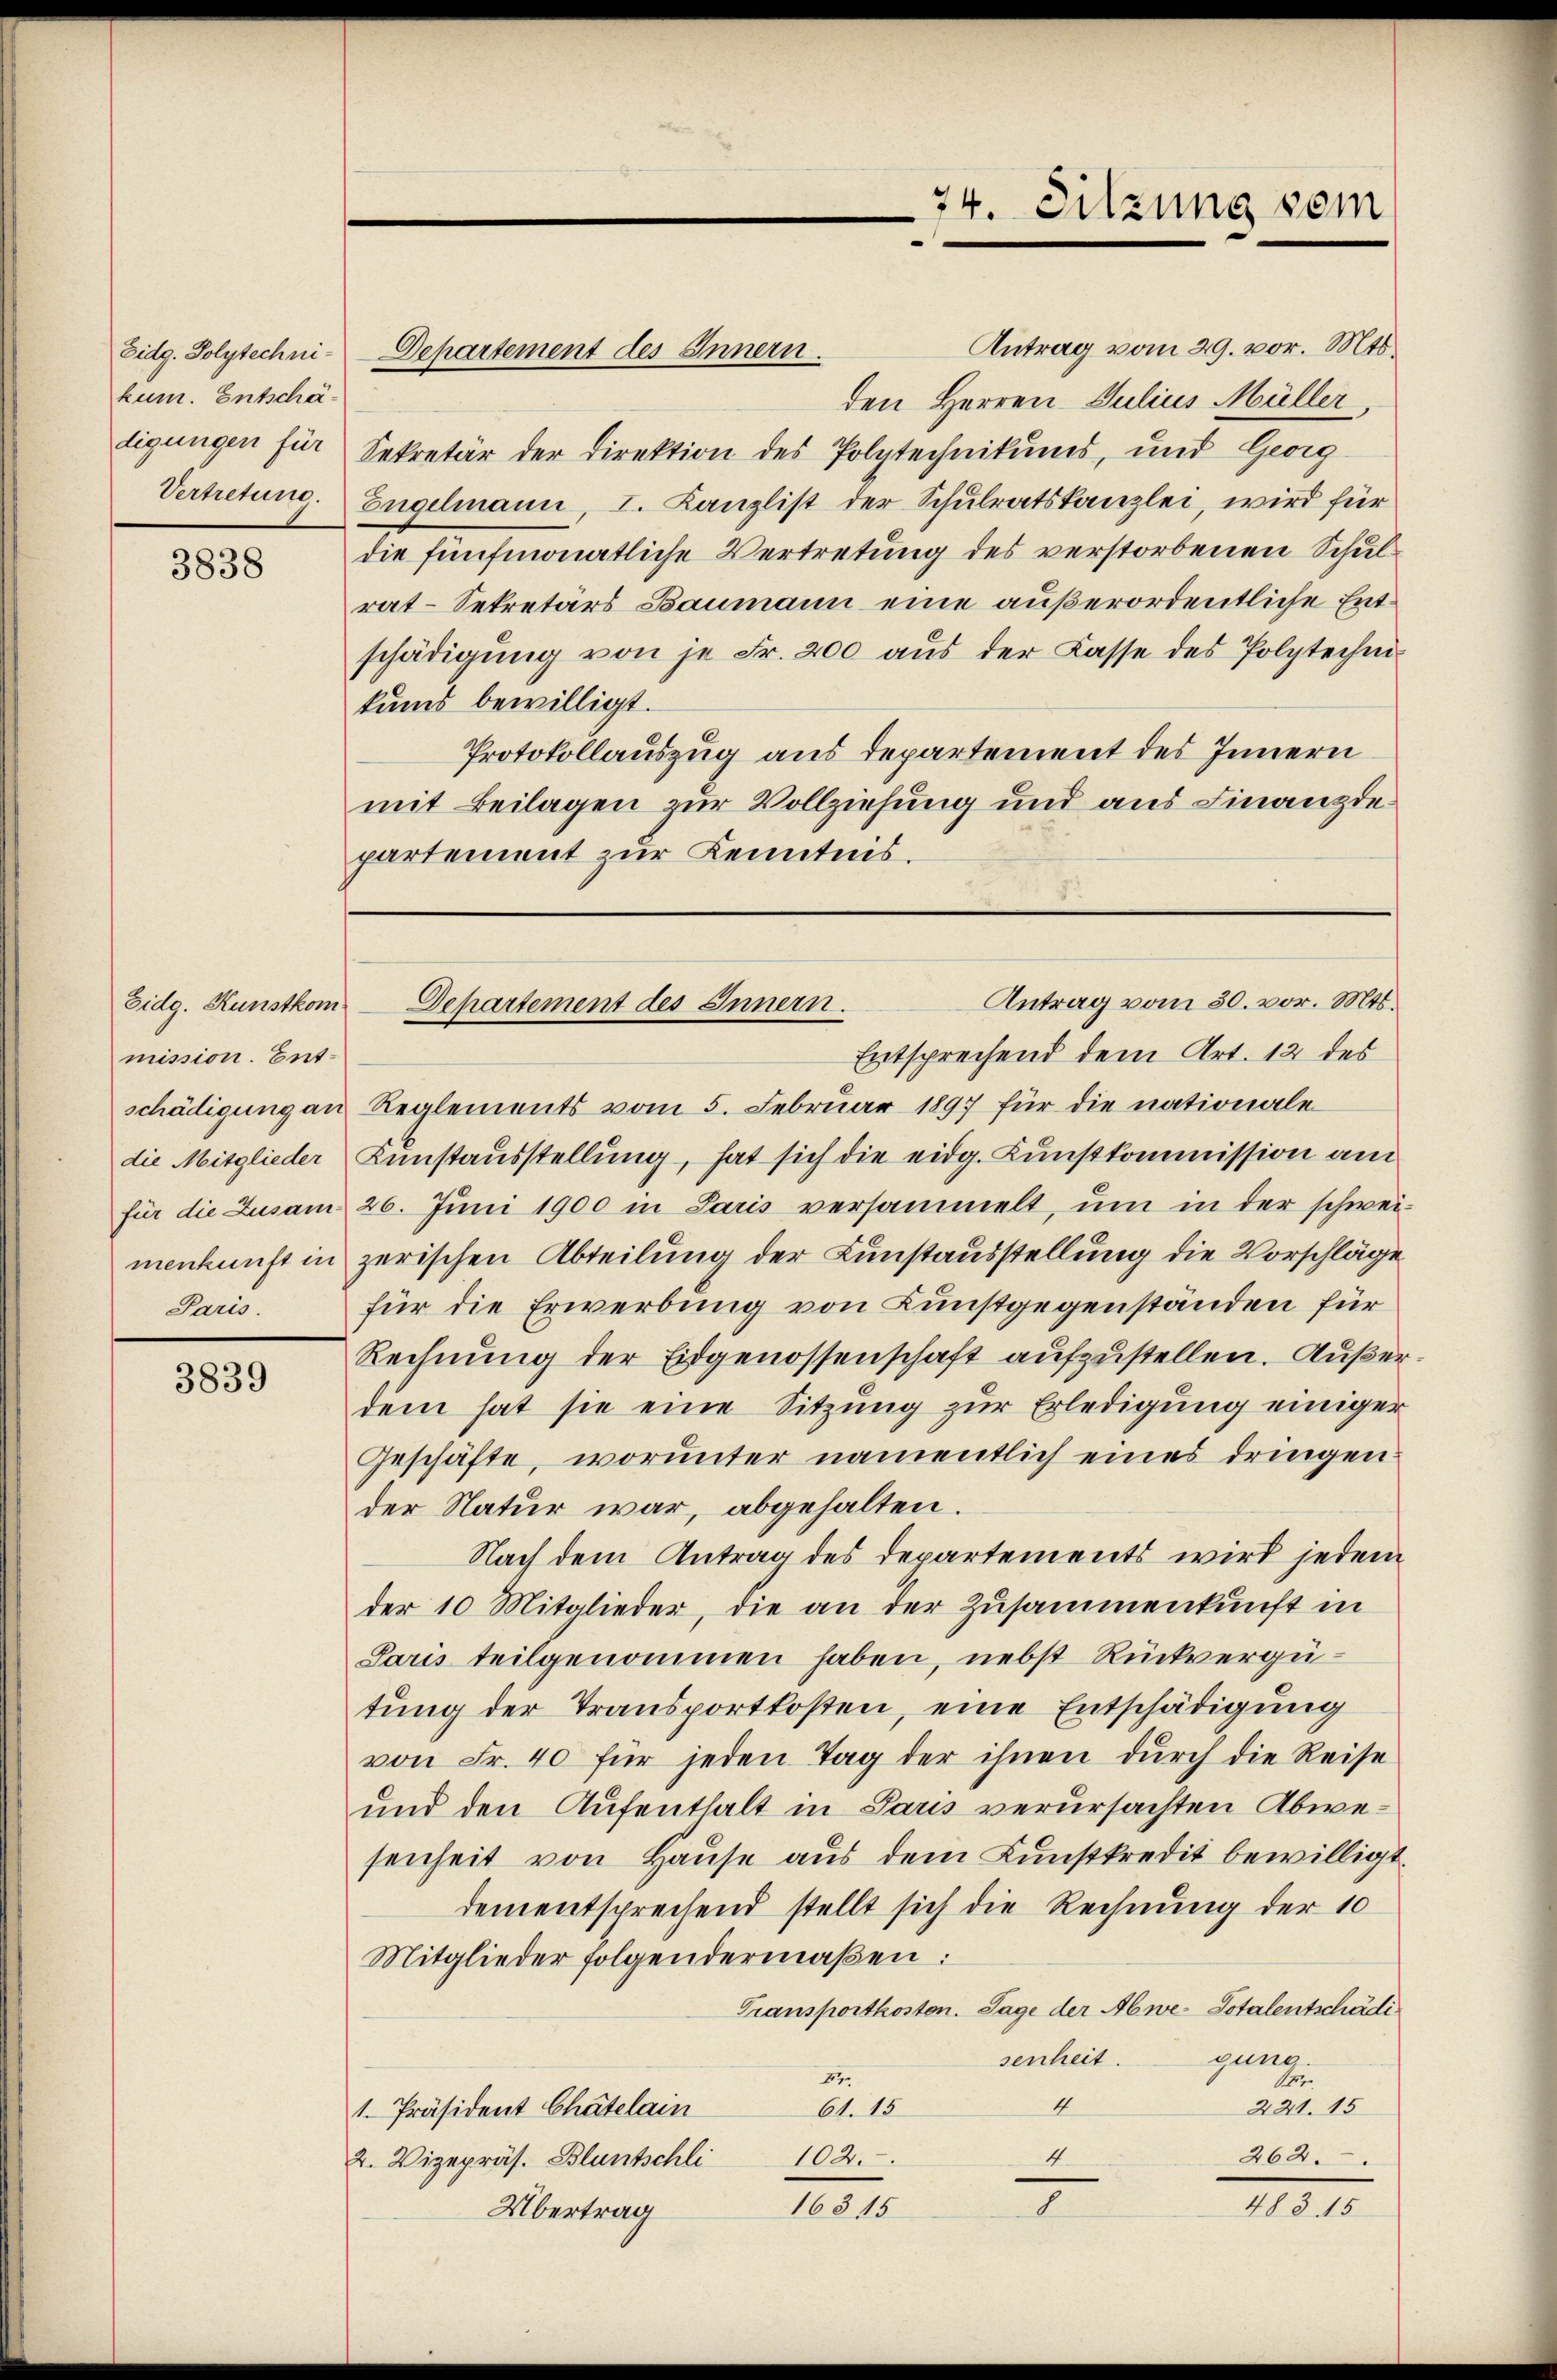
Eidg. Polytechnikum. Entschädigungen für
Vertretung.

3838

Eidg. Kunstkom
mission. Ent¬
Preis.

3839

Departement des Innern.
kums bewilligt.

74. Sitzung sein

Antrag vom 29. vor. Mts.
den Herren Julius Müller
Sekretär der Direktion des Polytechnikums, und Georg
Engelmann, I. Kanzlist der Schulratskanzlei, wird für
die fünfmonatliche Vertretung des verstorbenen Schulrat-Sekretärs Baumann eine außerordentliche Entschädigŭng von je Fr. 200 aŭs der Lasse des Polytechni
Protokollauszug aus Departement des Innern
mit Beilagen zur Vollziehung und aus Finanzdepartement zur Kenntnis.

Entsprechend dem Art. 12 des
schädigung an Reglements vom 5. Februar 1897 für die nationale
die Mitglieder Kunstausstellung, hat sich die eidg. Kunstkommission am
für die Zusam 26. Juni 1900 in Paris versammelt, um in der schwei-
menkunft in zerischen Abteilung der Lunstausstellung die Vorschläge
für die Erwerbung von Kunstgegenständen für
Rechnung der Eidgenossenschaft aufzustellen. Außerdem hat sie eine Sitzung zur Erledigung einiger
Geschäfte, worunter namentlich eines dringen:
der Natur war, abgehalten.
Nach dem Antrag des Departements wird jedem
der 10 Mitglieder, die an der Zusammenkunft in
Paris teilgenommen haben, nebst Rückvergütung der Transportkosten, eine Entschädigung
von Fr. 40 für jeden Tag der ihnen dŭrch die Reise
und den Aufenthalt in Paris verursachten Abwesenheit von Hause aus dem Kunstkredit bewilligt.
dementsprechend stellt sich die Rechnung der 10
Mitglieder folgendermaßen:
Transportkosten. Tage der Abwe- Totalentschädigung.
senheit.
27.
S
4
221. 15
1. Präsident Chatelain
61. 15
4
2. Vizepräs. Bluntschli
102.
262.
48315
7
16815
Übertrag

Antrag vom 30. vor. Mts.
Dehartement des Innern.